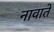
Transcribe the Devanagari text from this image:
नावाते